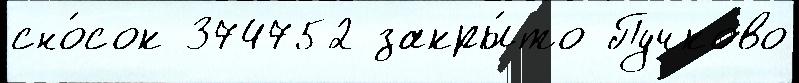
сно́сок 374752 закры́то Пучково